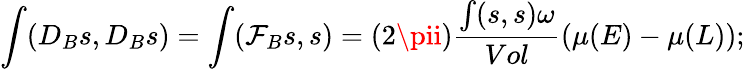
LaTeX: \int(D_{B}s,D_{B}s)=\int(\mathcal{F}_{B}s,s)=(2\pii)\frac{{\int(s,s)\omega}}{{Vol}}(\mu(E)-\mu(L));